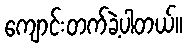
ကျောင်းတက်ခဲ့ပါတယ်။